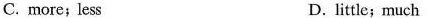
C. more; less D. little;much